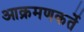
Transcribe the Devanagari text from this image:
आक्रमणकर्ते